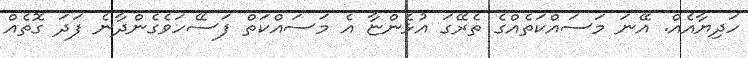
ހަދިޔާއެއް. އޭނަ މަސައްކަތެއްގެ ތެރޭގަ އުޅެންޏާ އެ މަސައްކަތް ފަސޭހަވެގެންދާނެ ފަދަ ގޮތެއް